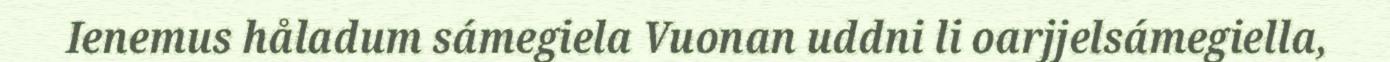
Ienemus håladum sámegiela Vuonan uddni li oarjjelsámegiella,